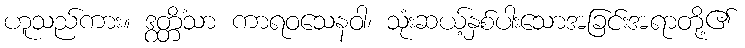
ဟူသည်ကား။ ဒွတ္တိံသာ ကာရဝသေနဝါ၊ သုံးဆယ့်နှစ်ပါးသောအခြင်းအရာတို့၏